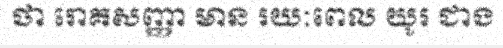
ថា រោគសញ្ញា មាន រយៈពេល យូរ ជាង